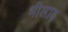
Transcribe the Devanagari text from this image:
भीलाड़